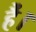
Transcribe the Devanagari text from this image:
हैं।